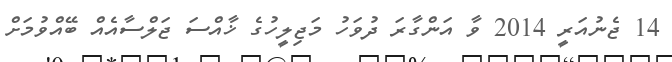
14 ޖެނުއަރީ 2014 ވާ އަންގާރަ ދުވަހު މަޖިލީހުގެ ޚާއްސަ ޖަލްސާއެއް ބޭއްވުމަށް